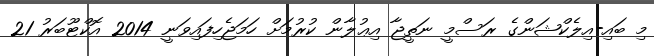
މި ބައި-އިލެކްޝަންގެ ރަސްމީ ނަތީޖާ އިޢުލާން ކުރުމަށް ހަމަޖެހިފައިވަނީ 2014 އޮކްޓޫބަރު 21